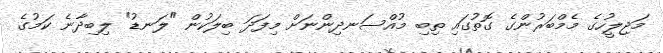
މަޖިލީހުގެ މެމްބަރުންގެ ގޮތުގައި ތިބި މުއްސަނދިންނަށް މިފަދަ ބިލަކުން "ލަނޑު" ލިބިދާނެ ކަމުގެ